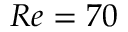
R e = 7 0